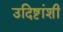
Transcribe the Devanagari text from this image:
उदिष्टांशी